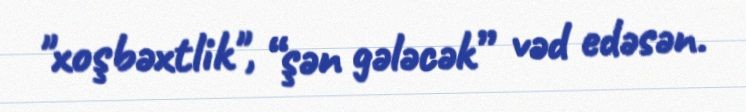
"xoşbəxtlik", “şən gələcək” vəd edəsən.